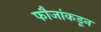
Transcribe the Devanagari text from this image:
फौजांकडून